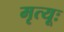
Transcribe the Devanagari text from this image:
मृत्यूः